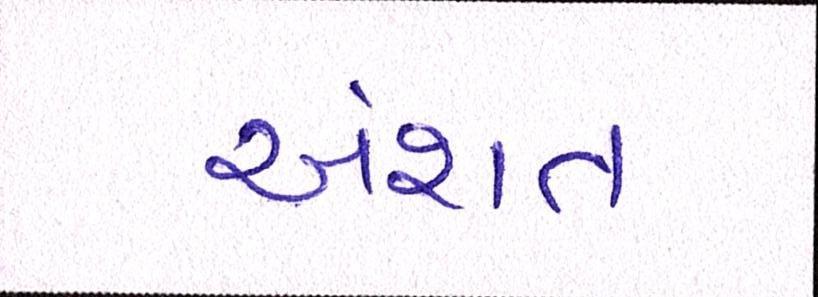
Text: અંશત